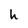
Character: h